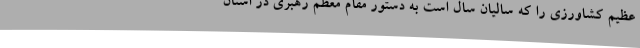
عظیم کشاورزی را که سالیان سال است به دستور مقام معظم رهبری در استان